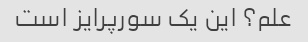
علم؟ این یک سورپرایز است